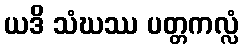
ယဒိ သံဃဿ ပတ္တကလ္လံ